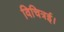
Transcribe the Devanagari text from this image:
विचित्रई।